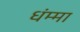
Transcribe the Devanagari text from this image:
धंम्मा